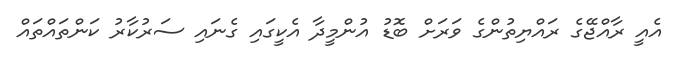
އެއީ ރާއްޖޭގެ ރައްޔިތުންގެ ވަރަށް ބޮޑު އުންމީދާ އެކީގައި ގެނައި ސަރުކާރު ކަންތައްތައް